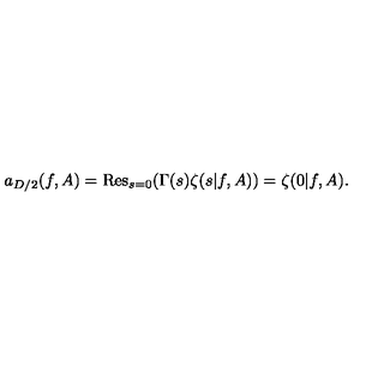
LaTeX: a _ { D / 2 } ( f , A ) = \mathrm { R e s } _ { s = 0 } ( \Gamma ( s ) \zeta ( s | f , A ) ) = \zeta ( 0 | f , A ) .